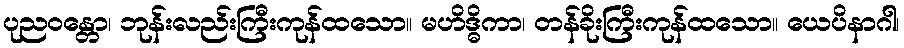
ပုညဝန္တော၊ ဘုန်းလည်းကြီးကုန်ထသော။ မဟိဒ္ဓိကာ၊ တန်ခိုးကြီးကုန်ထသော။ ယေပိနာဂါ၊